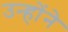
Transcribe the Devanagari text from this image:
उन्होंने